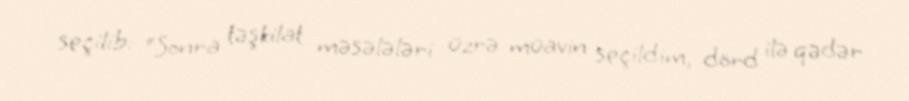
seçilib: “Sonra təşkilat məsələləri üzrə müavin seçildim, dörd ilə qədər